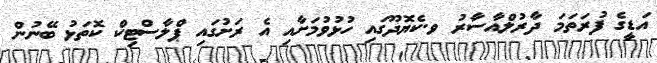
އަޑީގެ ފުރަތަމަ ދާރުލްއާސާރު ވ.ކެޔޮދޫގައި ހުޅުވުމަށާއި އެ ރަށުގައި ޕްލާސްޓިކް ކޮތަޅު ބޭނުން